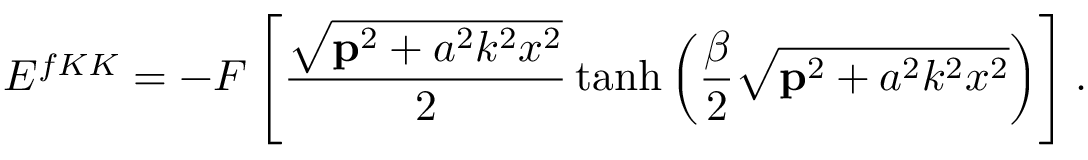
E ^ { f K K } = - { \cal { F } } \left[ \frac { \sqrt { { \bf p } ^ { 2 } + a ^ { 2 } k ^ { 2 } x ^ { 2 } } } { 2 } \operatorname { t a n h } \left( \frac { \beta } { 2 } \sqrt { { \bf p } ^ { 2 } + a ^ { 2 } k ^ { 2 } x ^ { 2 } } \right) \right] .